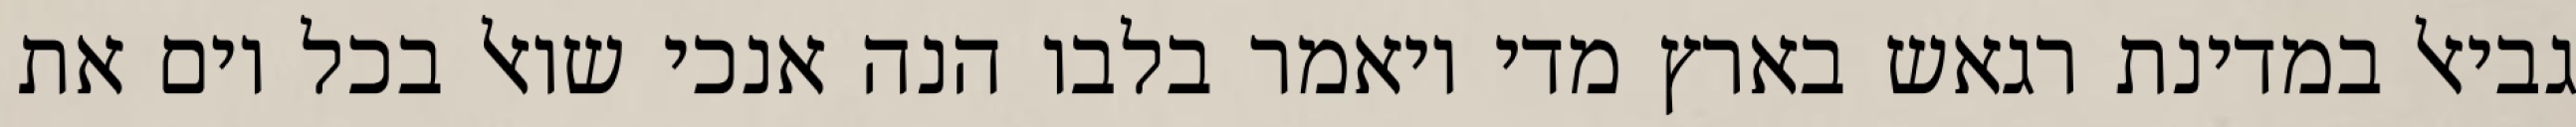
גביאל במדינת רגאש בארץ מדי ויאמר בלבו הנה אנכי שואל בכל יום את